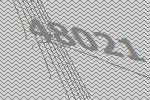
48021